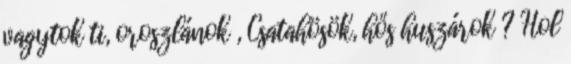
vagytok ti, oroszlánok , Csatahösök, hős huszárok ? Hol